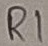
Text: R1